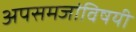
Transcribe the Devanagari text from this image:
अपसमजांविषयी